Civil Veterinary Dept. Bombay admin report 1923-31 - 1923-1931
Year: 1923
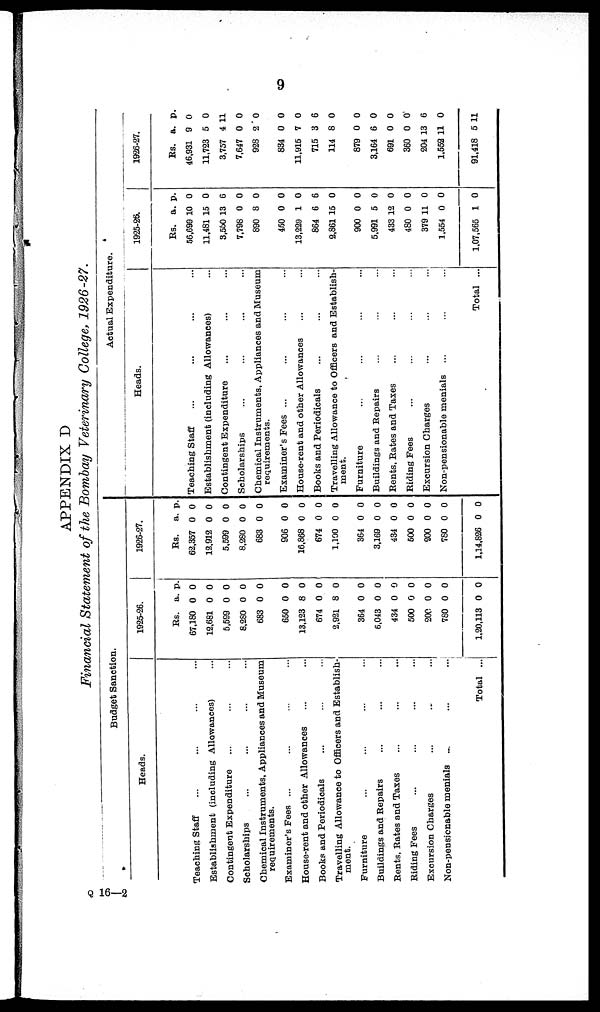
9
APPENDIX D
Financial Statement of the Bombay Veterinary College, 1926-27.
Heads.
Teaching Staff ... ... ... ...
Establishment (including Allowances) ...
Contingent Expenditure ... ... ...
Scholarships ... ... ... ...
Chemical Instruments, Appliances and Museum
requirements.
Examiner's Fees ... ... ... ...
House-rent and other Allowances ... ...
Books and Periodicals ... ... ...
Travelling Allowance to Officers and Establish-
ment.
Furniture ... ... ... ...
Buildings and Repairs ... ... ...
Bents, Bates and Taxes ... ... ...
Biding Fees ... ... ... ...
Excursion Charges ... ... ...
Non-pensicnable menials ... ... ...
Total ...
1925-26.
Rs.
67,180
12,681
5,599
8,280
683
650
13,123
674
2,921
364
6,043
434
500
200
780
1,20,113
a.
0
0
0
0
0
0
8
0
8
0
0
0
0
0
0
0
p.
0
0
0
0
0
0
0
0
0
0
0
0
0
0
0
0
1926-27.
Rs.
62,357
12,912
5,599
8,280
683
906
16,868
674
1,190
364
3,169
434
500
200
780
1,14,826
a.
0
0
0
0
0
0
0
0
0
0
0
0
0
0
0
0
p.
0
0
0
0
0
0
0
0
0
0
0
0
0
0
0
0
Heads.
Teaching Staff ... ... ... ...
Establishment (including Allowances) ...
Contingent Expenditure ... ... ...
Scholarships ... ... ... ...
Chemical Instruments, Appliances and Museum
requirements.
Examiner's Fees ... ... ... ...
House-rent and other Allowances ... ...
Books and Periodicals ... ... ...
Travelling Allowance to Officers and Establish-
ment.
Furniture ... ... ... ...
Buildings and Repairs ... ... ...
Rents, Rates and Taxes ... ... ...
Riding Fees ... ... ... ...
Excursion Charges ... ... ...
Non-pensionable menials ... ... ...
Total ...
1925-26.
Rs.
56,699
11,481
3,550
7,798
890
450
13,229
864
2,861
900
5,991
433
480
379
1,554
1,07,565
a.
10
15
13
0
8
0
1
6
15
0
5
12
0
11
0
1
p.
0
0
6
0
0
0
0
6
0
0
0
0
0
0
0
0
1926-27.
Rs.
46,931
11,723
3,757
7,647
928
834
11,915
715
114
879
3,164
691
360
204
1,552
91,418
a.
9
5
4
0
2
0
7
3
8
0
6
0
0
13
11
5
p.
0
0
11
0
0
0
0
6
0
0
0
0
0
6
0
11
Q 16—2